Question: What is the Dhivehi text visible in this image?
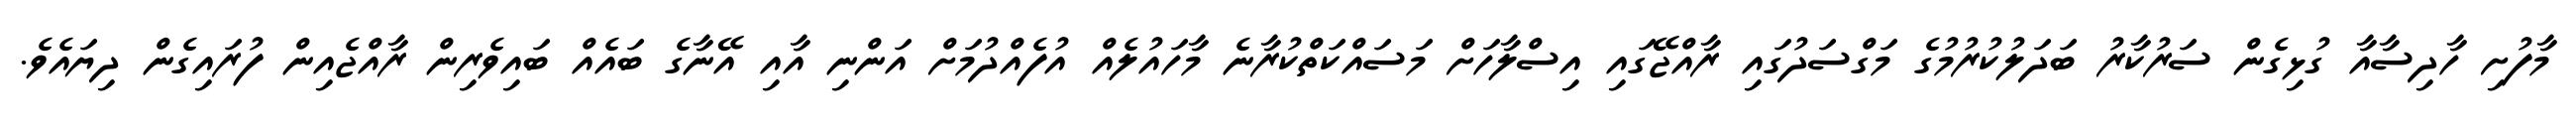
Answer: މާފުށި ހާދިސާއާ ގުޅިގެން ސަރުކާރު ބަދަލުކުރުމުގެ މަގްސަދުގައި ރާއްޖޭގައި އިސްލާހަށް މަސައްކަތްކުރާނެ މާހައުލެއް އުފެއްދުމަށް އަންނި އާއި އޭނާގެ ބައެއް ބައިވެރިން ރާއްޖެއިން ފުރައިގެން ދިޔައެވެ.